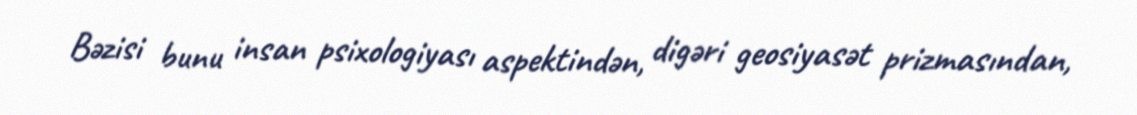
Bəzisi bunu insan psixologiyası aspektindən, digəri geosiyasət prizmasından,